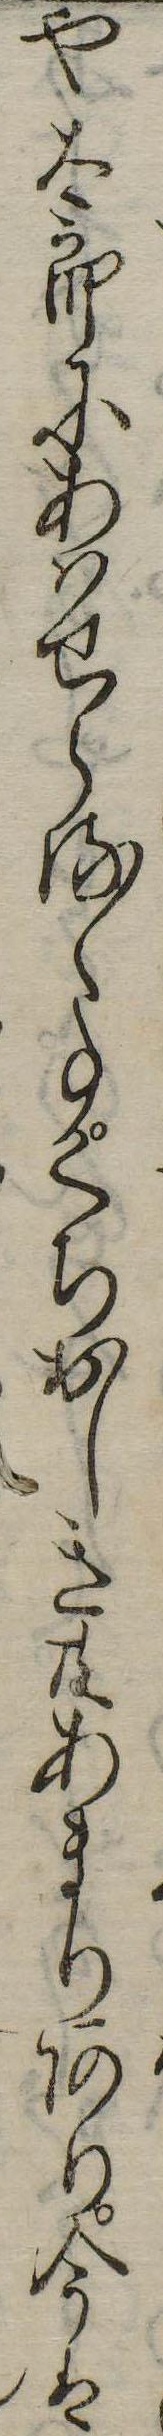
や太郎にあはせらるゝ事くちおしき共あまりあり今は